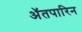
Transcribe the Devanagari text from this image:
अॅतपारिन